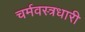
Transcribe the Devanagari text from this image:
चर्मवस्त्रधारी